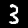
Digit: 3